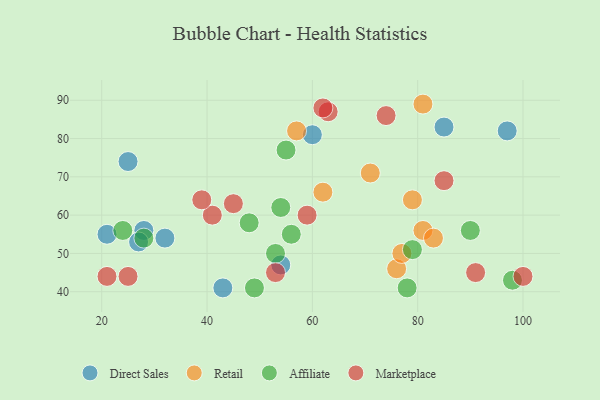
{"axis": {"x": "GDP", "y": "Life Expectancy"}, "legend": ["Affiliate", "Direct Sales", "Marketplace", "Retail"], "data": [{"x": "43", "y": 41, "type": "Direct Sales"}, {"x": "54", "y": 47, "type": "Direct Sales"}, {"x": "28", "y": 56, "type": "Direct Sales"}, {"x": "97", "y": 82, "type": "Direct Sales"}, {"x": "21", "y": 55, "type": "Direct Sales"}, {"x": "25", "y": 74, "type": "Direct Sales"}, {"x": "85", "y": 83, "type": "Direct Sales"}, {"x": "27", "y": 53, "type": "Direct Sales"}, {"x": "60", "y": 81, "type": "Direct Sales"}, {"x": "32", "y": 54, "type": "Direct Sales"}, {"x": "79", "y": 64, "type": "Retail"}, {"x": "81", "y": 89, "type": "Retail"}, {"x": "76", "y": 46, "type": "Retail"}, {"x": "81", "y": 56, "type": "Retail"}, {"x": "62", "y": 66, "type": "Retail"}, {"x": "71", "y": 71, "type": "Retail"}, {"x": "57", "y": 82, "type": "Retail"}, {"x": "83", "y": 54, "type": "Retail"}, {"x": "77", "y": 50, "type": "Retail"}, {"x": "24", "y": 56, "type": "Affiliate"}, {"x": "56", "y": 55, "type": "Affiliate"}, {"x": "49", "y": 41, "type": "Affiliate"}, {"x": "55", "y": 77, "type": "Affiliate"}, {"x": "53", "y": 50, "type": "Affiliate"}, {"x": "98", "y": 43, "type": "Affiliate"}, {"x": "48", "y": 58, "type": "Affiliate"}, {"x": "54", "y": 62, "type": "Affiliate"}, {"x": "28", "y": 54, "type": "Affiliate"}, {"x": "90", "y": 56, "type": "Affiliate"}, {"x": "79", "y": 51, "type": "Affiliate"}, {"x": "78", "y": 41, "type": "Affiliate"}, {"x": "74", "y": 86, "type": "Marketplace"}, {"x": "91", "y": 45, "type": "Marketplace"}, {"x": "100", "y": 44, "type": "Marketplace"}, {"x": "41", "y": 60, "type": "Marketplace"}, {"x": "45", "y": 63, "type": "Marketplace"}, {"x": "63", "y": 87, "type": "Marketplace"}, {"x": "39", "y": 64, "type": "Marketplace"}, {"x": "21", "y": 44, "type": "Marketplace"}, {"x": "25", "y": 44, "type": "Marketplace"}, {"x": "62", "y": 88, "type": "Marketplace"}, {"x": "53", "y": 45, "type": "Marketplace"}, {"x": "59", "y": 60, "type": "Marketplace"}, {"x": "85", "y": 69, "type": "Marketplace"}]}